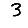
Digit: 3